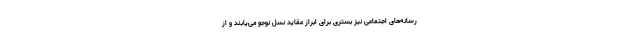
رسانه‌های اجتماعی نیز بستری برای ابراز عقاید نسل نوجو می‌یابند و از